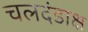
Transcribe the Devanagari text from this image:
चलदंडाक्ष